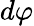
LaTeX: d\varphi